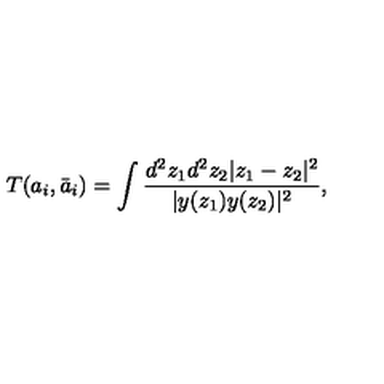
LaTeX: T ( a _ { i } , \bar { a } _ { i } ) = \int { \frac { d ^ { 2 } z _ { 1 } d ^ { 2 } z _ { 2 } | z _ { 1 } - z _ { 2 } | ^ { 2 } } { | y ( z _ { 1 } ) y ( z _ { 2 } ) | ^ { 2 } } } ,